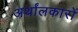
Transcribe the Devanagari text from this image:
अर्थांलकारों